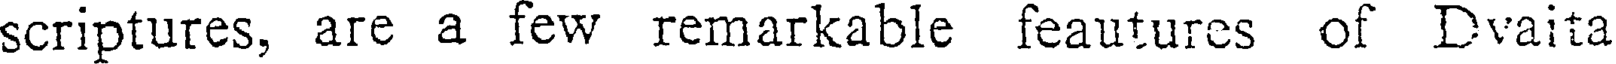
scriptures, are a few remarkable feautures of Dvaita